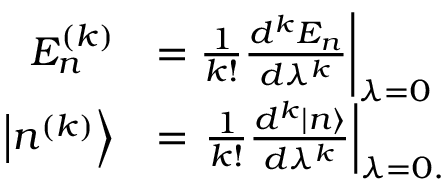
{ \begin{array} { r l } { E _ { n } ^ { ( k ) } } & { = { \frac { 1 } { k ! } } { \frac { d ^ { k } E _ { n } } { d \lambda ^ { k } } } { \bigg | } _ { \lambda = 0 } } \\ { \left| n ^ { ( k ) } \right\rangle } & { = \left. { \frac { 1 } { k ! } } { \frac { d ^ { k } | n \rangle } { d \lambda ^ { k } } } \right| _ { \lambda = 0 . } } \end{array} }